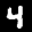
Label: 4